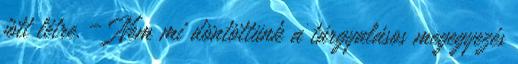
jött létre. – Nem mi döntöttünk a tárgyalásos megegyezés